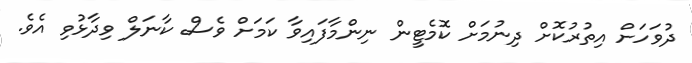
ދުވަހަށް އިތުރުކޮށް ދިނުމަށް ކޮމެޓީން ނިންމާފައިވާ ކަމަށް ވެސް ކާނަލް ވިދާޅުވި އެވެ.